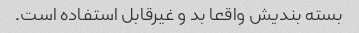
بسته بندیش واقعا بد و غیرقابل استفاده است.